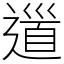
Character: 𨕥